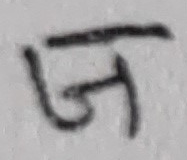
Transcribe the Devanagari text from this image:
ज